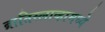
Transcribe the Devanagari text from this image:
ब्रातिस्लाव्हामध्ये